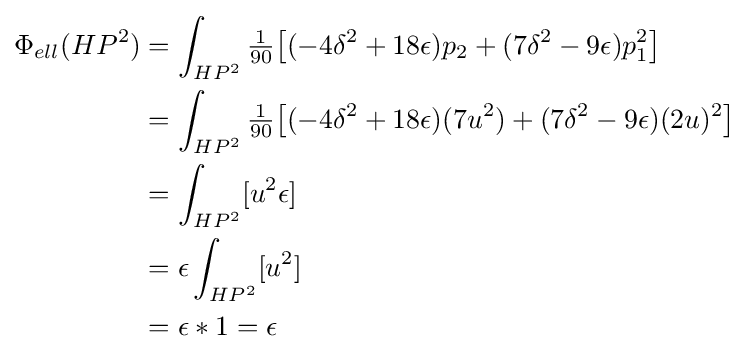
{\begin{aligned}\Phi _{ell}(HP^{2})&=\int _{HP^{2}}{\tfrac {1}{90}}{\big [}(-4\delta ^{2}+18\epsilon )p_{2}+(7\delta ^{2}-9\epsilon )p_{1}^{2}{\big ]}\\&=\int _{HP^{2}}{\tfrac {1}{90}}{\big [}(-4\delta ^{2}+18\epsilon )(7u^{2})+(7\delta ^{2}-9\epsilon )(2u)^{2}{\big ]}\\&=\int _{HP^{2}}[u^{2}\epsilon ]\\&=\epsilon \int _{HP^{2}}[u^{2}]\\&=\epsilon *1=\epsilon \end{aligned}}